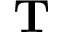
\mathbf T